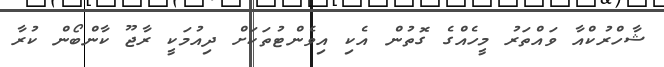
ޝާހްރުކްއާ ވައްތަރު މީހެއްގެ ގޮތުން އެކި އިވެންޓުތަކަށް ދިއުމަކީ ރާޖޫ ކާންބޯން ކުރާ